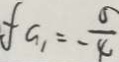
f G _ { 1 } = \frac { 5 } { 4 }